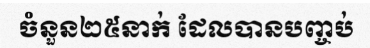
ចំនួន២៥នាក់ ដែលបានបញ្ចប់